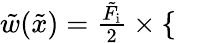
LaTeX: \begin{array}{r}{\tilde{w}(\tilde{x})=\frac{\tilde{F}_{\mathrm{i}}}{2}\times\left\{ \begin{array}{ll}{\quad}\end{array}\right.}\end{array}